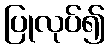
ပြုလုပ်၍